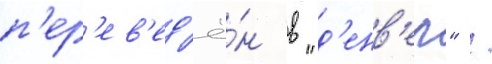
п'ер'ев'ед'ё́н в "д'енв'ер" /